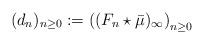
LaTeX: \begin{align*} (d_n)_{n\geq 0} := \left((F_n \star \bar{\mu})_{\infty}\right)_{n\geq 0}\end{align*}